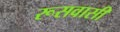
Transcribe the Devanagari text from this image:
रूसवासी